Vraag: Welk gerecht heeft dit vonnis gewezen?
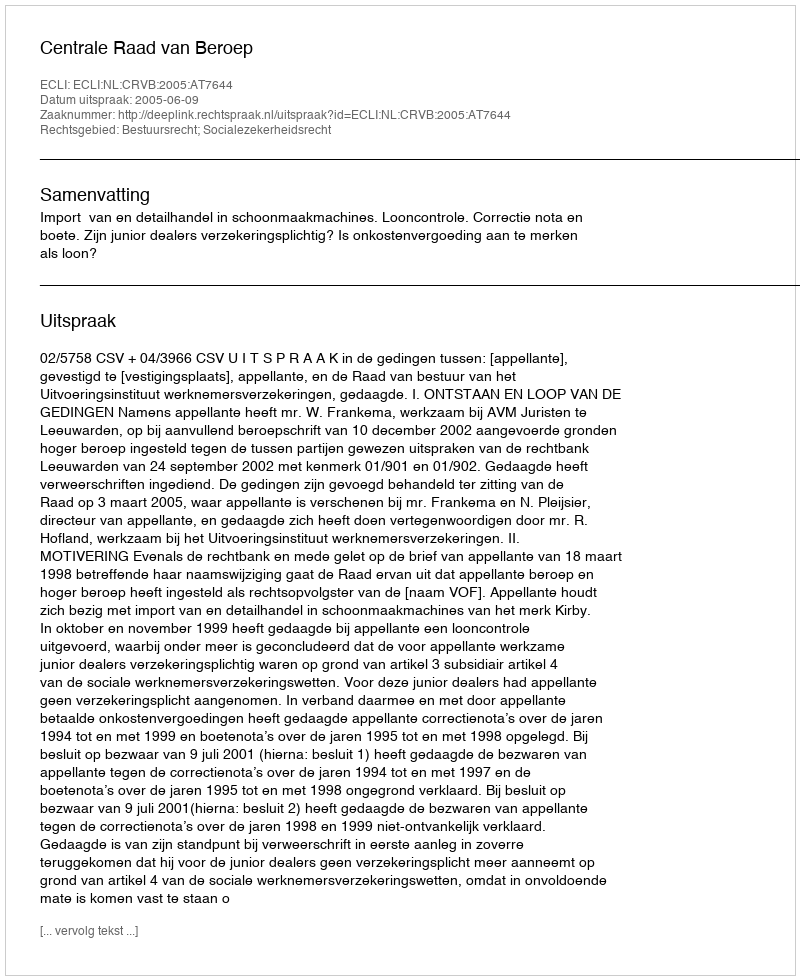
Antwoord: Centrale Raad van Beroep